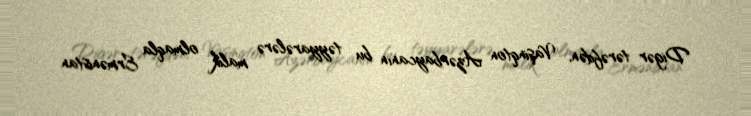
Digər tərəfdən, Vaşinqton Azərbaycanın bu təyyarələrə malik olmaqla Ermənistan